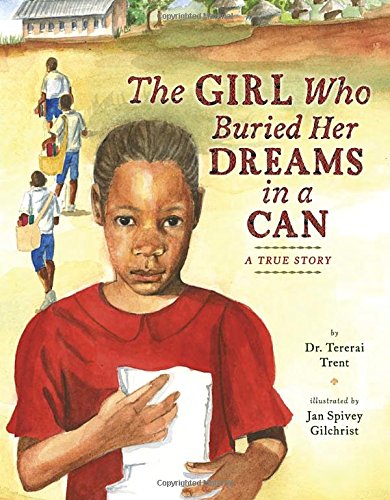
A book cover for The Girl Who Buried Her Dreams in a Can; Tererai Trent; Children's Books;